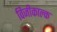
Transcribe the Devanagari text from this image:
विजीकाल्क